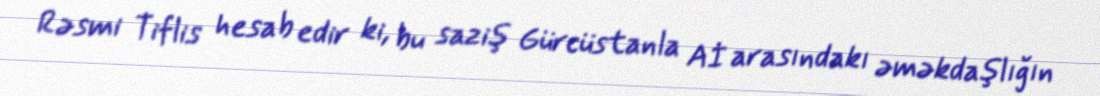
Rəsmi Tiflis hesab edir ki, bu saziş Gürcüstanla Aİ arasındakı əməkdaşlığın